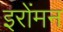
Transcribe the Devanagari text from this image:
इरोंमन